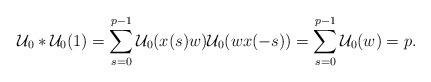
LaTeX: \begin{align*}\mathcal{U}_0 *\mathcal{U}_0(1)=\sum_{s=0}^{p-1}\mathcal{U}_0(x(s)w)\mathcal{U}_0(wx(-s))=\sum_{s=0}^{p-1}\mathcal{U}_0(w)=p.\end{align*}